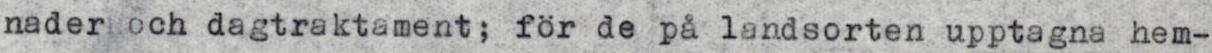
nader och dagtraktament; för de på landsorten upptagna hem-